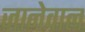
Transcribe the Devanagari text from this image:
जानेवाल